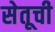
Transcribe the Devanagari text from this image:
सेतूची